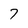
Character: 7